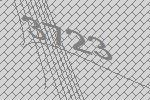
3723